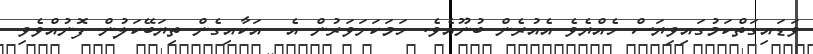
ވަޑައިގަތްކަމުގައިވިޔަސް ހެއްޔެވެ އެއުރެން ބުނޫއެވެ. ހަމަކަށަވަރުން އެ  އަކާއިގެން ތިޔަބޭކަލުން ފޮނުއްވެވި